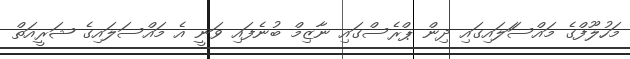
މަހުލޫފްގެ މައްސަަލައިގައި ދިން ޕްރެސްގައި ނާޒިމް ބުނެފައި ވަނީ އެ މައްސަލައިގެ ޝަރީއަތް